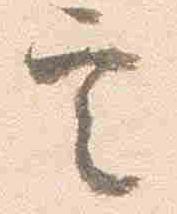
定